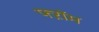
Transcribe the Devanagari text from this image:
फ्ऱॉम